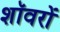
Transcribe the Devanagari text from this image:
शॉवरों